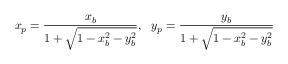
x _ { p } = { \frac { x _ { b } } { 1 + { \sqrt { 1 - x _ { b } ^ { 2 } - y _ { b } ^ { 2 } } } } } , \ \ y _ { p } = { \frac { y _ { b } } { 1 + { \sqrt { 1 - x _ { b } ^ { 2 } - y _ { b } ^ { 2 } } } } }